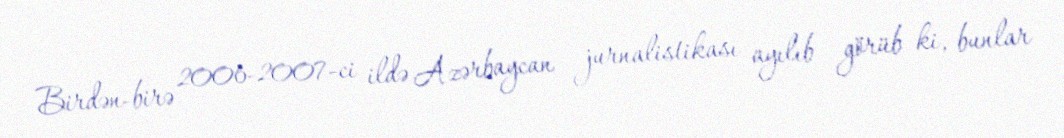
Birdən-birə 2006-2007-ci ildə Azərbaycan jurnalistikası ayılıb görüb ki, bunlar